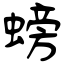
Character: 螃